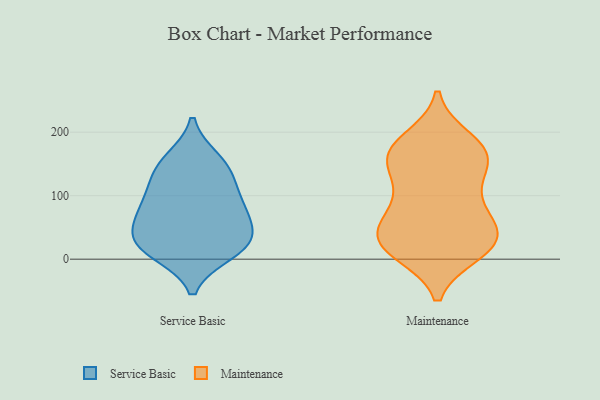
{"axis": {"x": "Production Output", "y": "Value"}, "legend": ["Maintenance", "Service Basic"], "data": [{"x": "", "y": 11, "type": "Service Basic"}, {"x": "", "y": 106, "type": "Service Basic"}, {"x": "", "y": 72, "type": "Service Basic"}, {"x": "", "y": 21, "type": "Service Basic"}, {"x": "", "y": 75, "type": "Service Basic"}, {"x": "", "y": 147, "type": "Service Basic"}, {"x": "", "y": 39, "type": "Service Basic"}, {"x": "", "y": 29, "type": "Service Basic"}, {"x": "", "y": 131, "type": "Service Basic"}, {"x": "", "y": 156, "type": "Service Basic"}, {"x": "", "y": 21, "type": "Service Basic"}, {"x": "", "y": 80, "type": "Service Basic"}, {"x": "", "y": 81, "type": "Maintenance"}, {"x": "", "y": 149, "type": "Maintenance"}, {"x": "", "y": 104, "type": "Maintenance"}, {"x": "", "y": 44, "type": "Maintenance"}, {"x": "", "y": 161, "type": "Maintenance"}, {"x": "", "y": 112, "type": "Maintenance"}, {"x": "", "y": 21, "type": "Maintenance"}, {"x": "", "y": 175, "type": "Maintenance"}, {"x": "", "y": 188, "type": "Maintenance"}, {"x": "", "y": 22, "type": "Maintenance"}, {"x": "", "y": 174, "type": "Maintenance"}, {"x": "", "y": 41, "type": "Maintenance"}, {"x": "", "y": 163, "type": "Maintenance"}, {"x": "", "y": 62, "type": "Maintenance"}, {"x": "", "y": 155, "type": "Maintenance"}, {"x": "", "y": 20, "type": "Maintenance"}, {"x": "", "y": 18, "type": "Maintenance"}, {"x": "", "y": 52, "type": "Maintenance"}, {"x": "", "y": 11, "type": "Maintenance"}]}